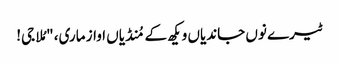
ٹیرے نوں جاندیاں ویکھ کے مُنڈیاں اواز ماری، "مُلا جی!